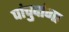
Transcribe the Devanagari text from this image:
पांचुदांगा